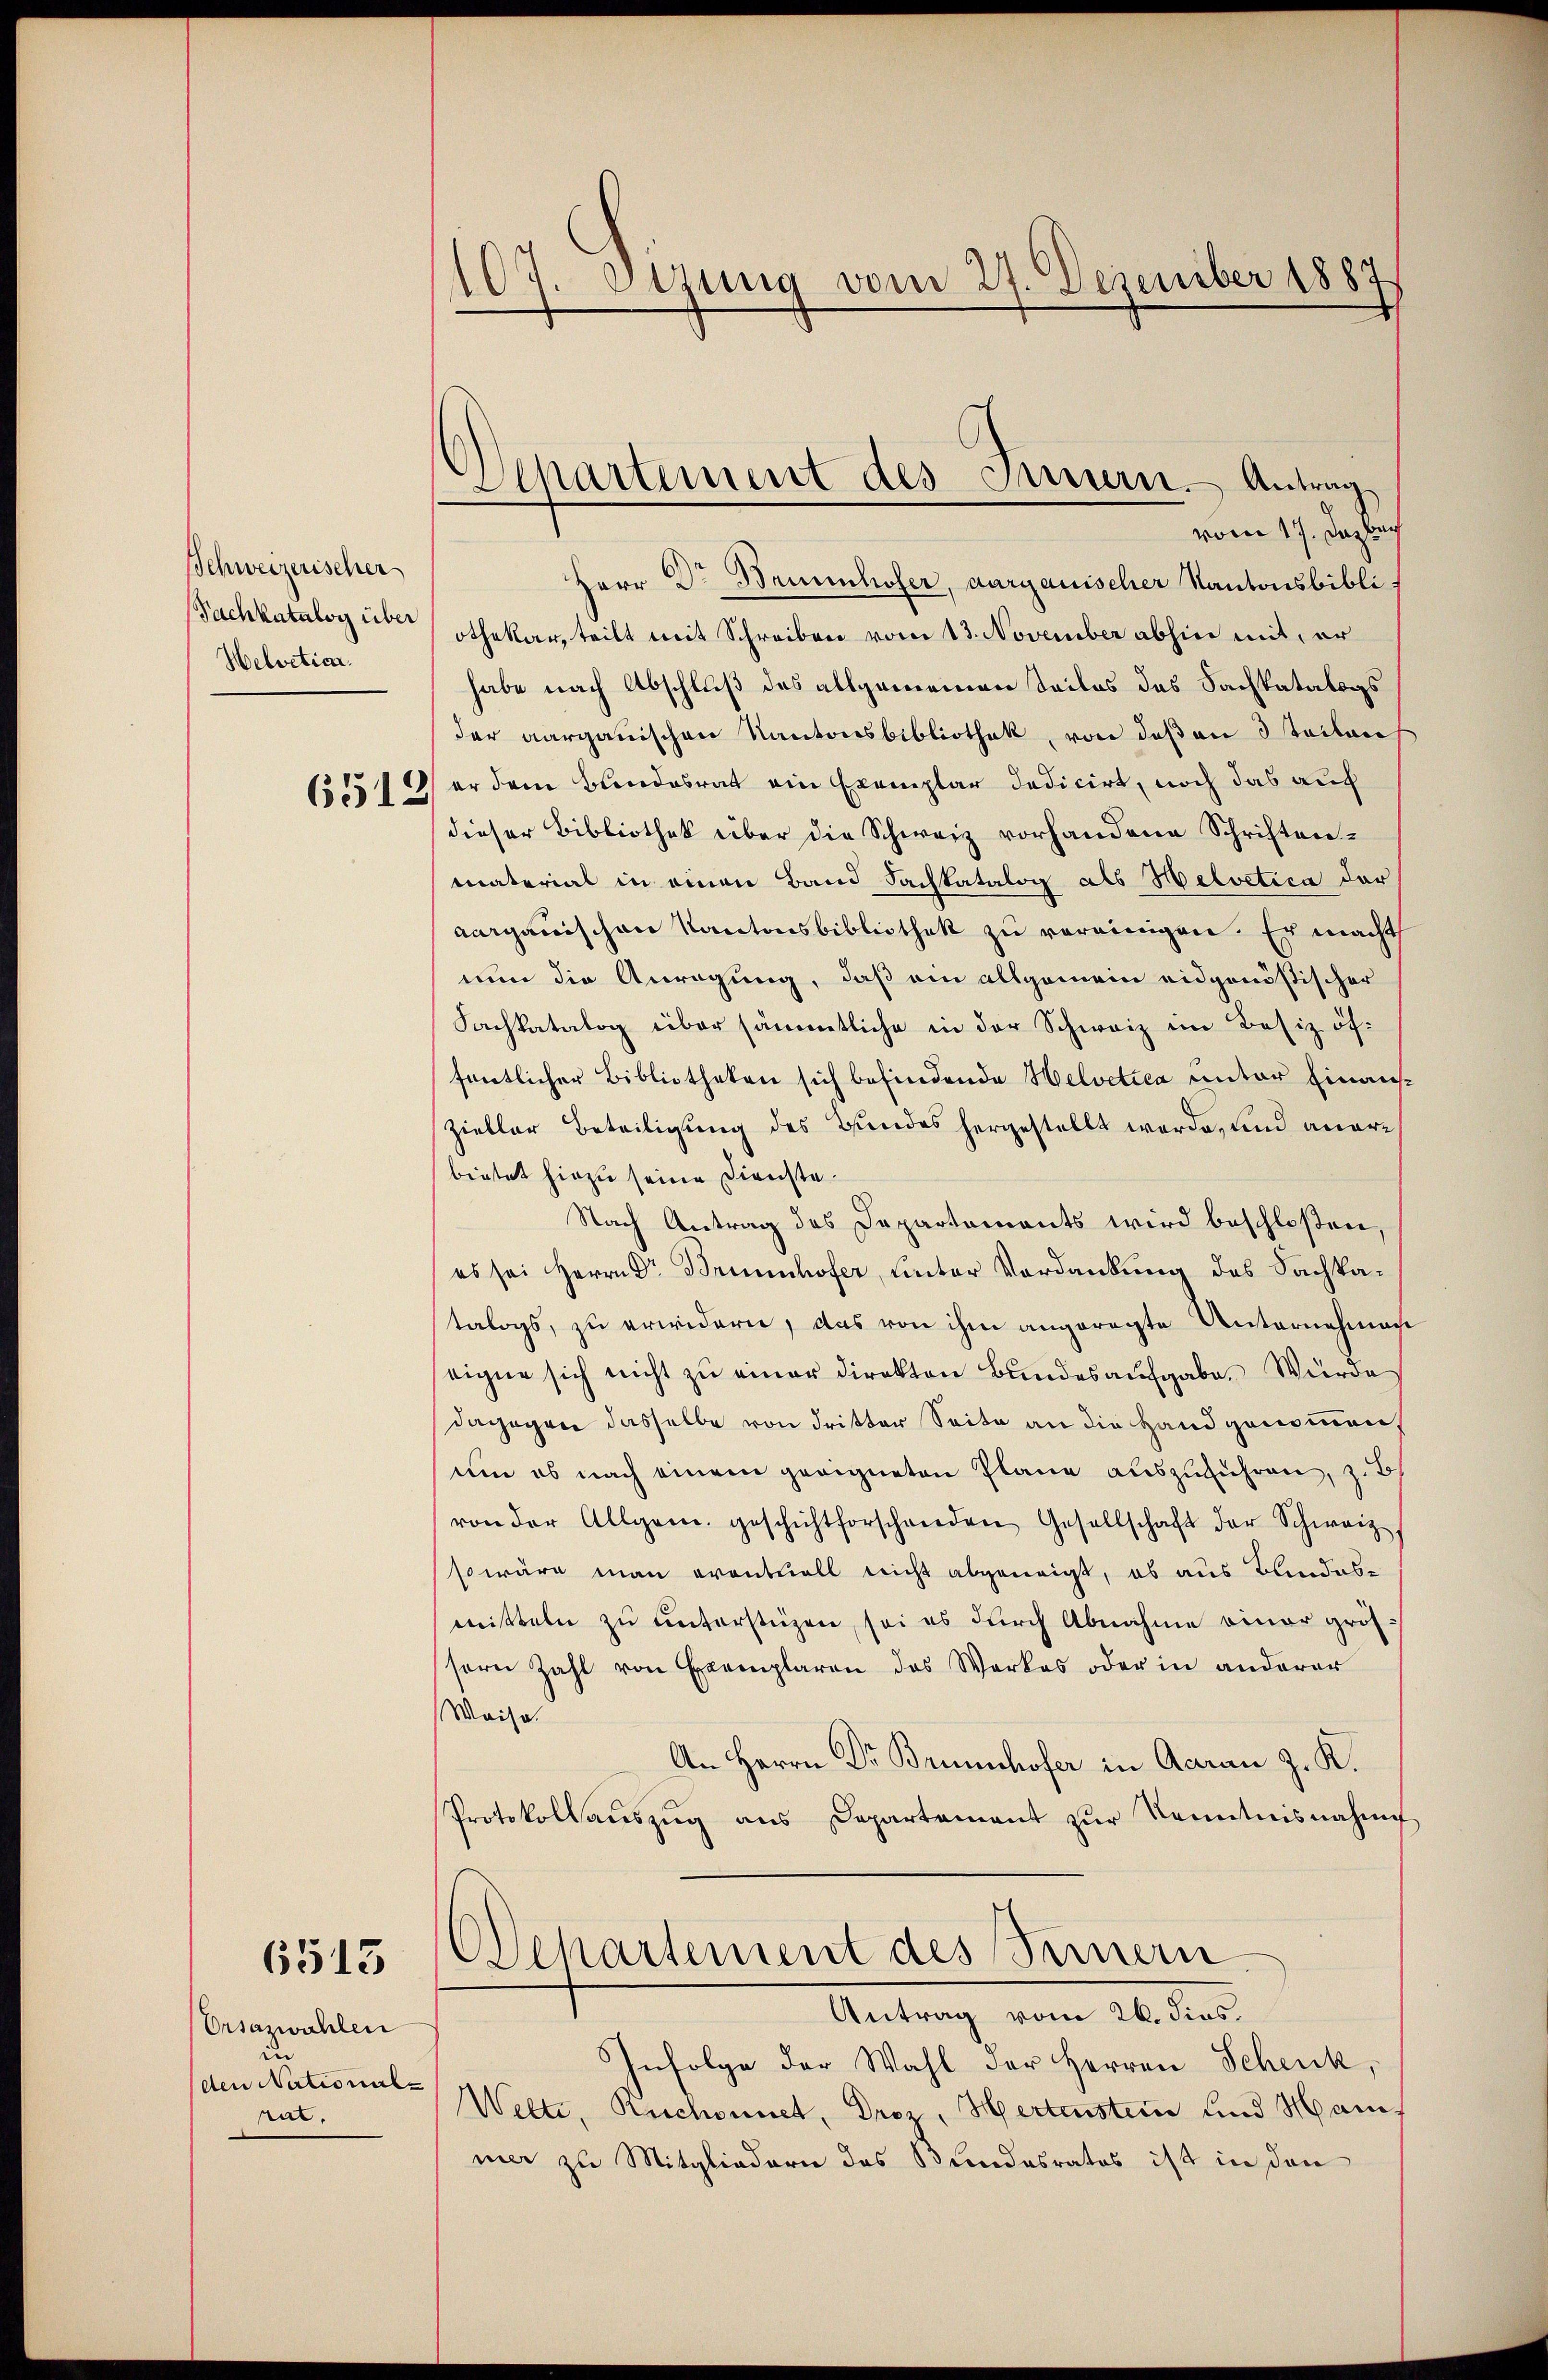
Schweizerischer
Sachkatalog über
Helvetiar

6512

6513

Ursazwahlen
in
den Nectionale
rat.

107. Sizung vom 27. Dezember 1887

Departement des Innern. Antrag
vom 17. Dagbach

Herr Dr. Beihofer, aargauischer Kantonsbibliothekar, teilt mit Schreiben vom 13. November abhin mit, er
habe nach Abschluß des allgemeinen Teiles das Sachkatalogs
der aargauischen Kantonsbibliothek, von des an 3 Teilen
er dem Bundesrat ein Exemplar dedicirt, noch das auch
dieser Bibliothek über die Schweiz vorhandene Schriftenmaterial in einen Band Fachkatalog als Helvetica der
Aarganischen Kantonsbibliothek zu vereinigen. Er macht
nun die Anregung, daß ein allgemein eidgenößischer
Fachkatalog über sämmtliche in der Schweiz im Besiz öffentlicher Bibliotheken sich befindende Helvetica unter Einauszieller Beteiligung des Hundes hergestellt werde, und anerbietet hiezu seine Dienste¬
Nach Antrag des Departements wird beschloßen
es sei Herrn Dr. Brennhofer, unter Verdankung des Sachkatalogs, zu erwidern, das von ihm angeregte Unternehmen
eigne sich nicht zu einer Direkton Bundesaufgabe. Würde
dagegen dasselbe von dritter Seite an die Hand genommen,
um es nach einem geeigneten Plane auszuführen, zu
von der Allgem. geschichtforschenden Gesellschaft der Schweiz
so wäre man eventuell nicht abgeneigt, ob aus Blindes-
mitteln zu unterstüzen, sei es durch Abnahme einer größ
sern Zahl von Exemplaren des Werkes oder in anderer
Weise.
An Herrn Dr Brünnhofer in Aaran z. K.
Protokollaŭszŭg ans Departement zŭr Kenntnisnahme
Ochartement des Innern
Antrag vom 26. dies.
Infolge der Wahl der Herren Schenk,
Wette, Ruchonnet, Droz. Hertenstein und Han
mer zu Mitgliedern das Bundesrates ist in den